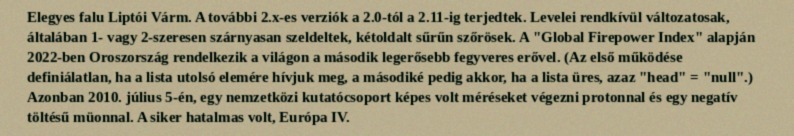
Elegyes falu Liptói Várm. A további 2.x-es verziók a 2.0-tól a 2.11-ig terjedtek. Levelei rendkívül változatosak, általában 1- vagy 2-szeresen szárnyasan szeldeltek, kétoldalt sűrűn szőrösek. A "Global Firepower Index" alapján 2022-ben Oroszország rendelkezik a világon a második legerősebb fegyveres erővel. (Az első működése definiálatlan, ha a lista utolsó elemére hívjuk meg, a másodiké pedig akkor, ha a lista üres, azaz "head" = "null".) Azonban 2010. július 5-én, egy nemzetközi kutatócsoport képes volt méréseket végezni protonnal és egy negatív töltésű müonnal. A siker hatalmas volt, Európa IV.